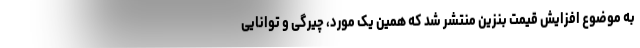
به موضوع افزایش قیمت بنزین منتشر شد که همین یک مورد، چیرگی و توانایی